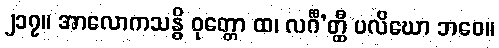
၂၁၇။ အာလောကသန္ဓိ ဝုတ္တော ထ၊ လင်္ဂီ’တ္ထီ ပလိဃော ဘဝေ။